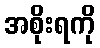
အစိုးရကို